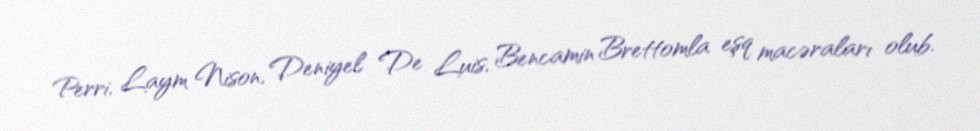
Perri, Laym Nison, Deniyel De Luis, Bencamin Brettomla eşq macəraları olub.